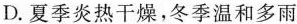
D.夏季炎热干燥，冬季温和多雨